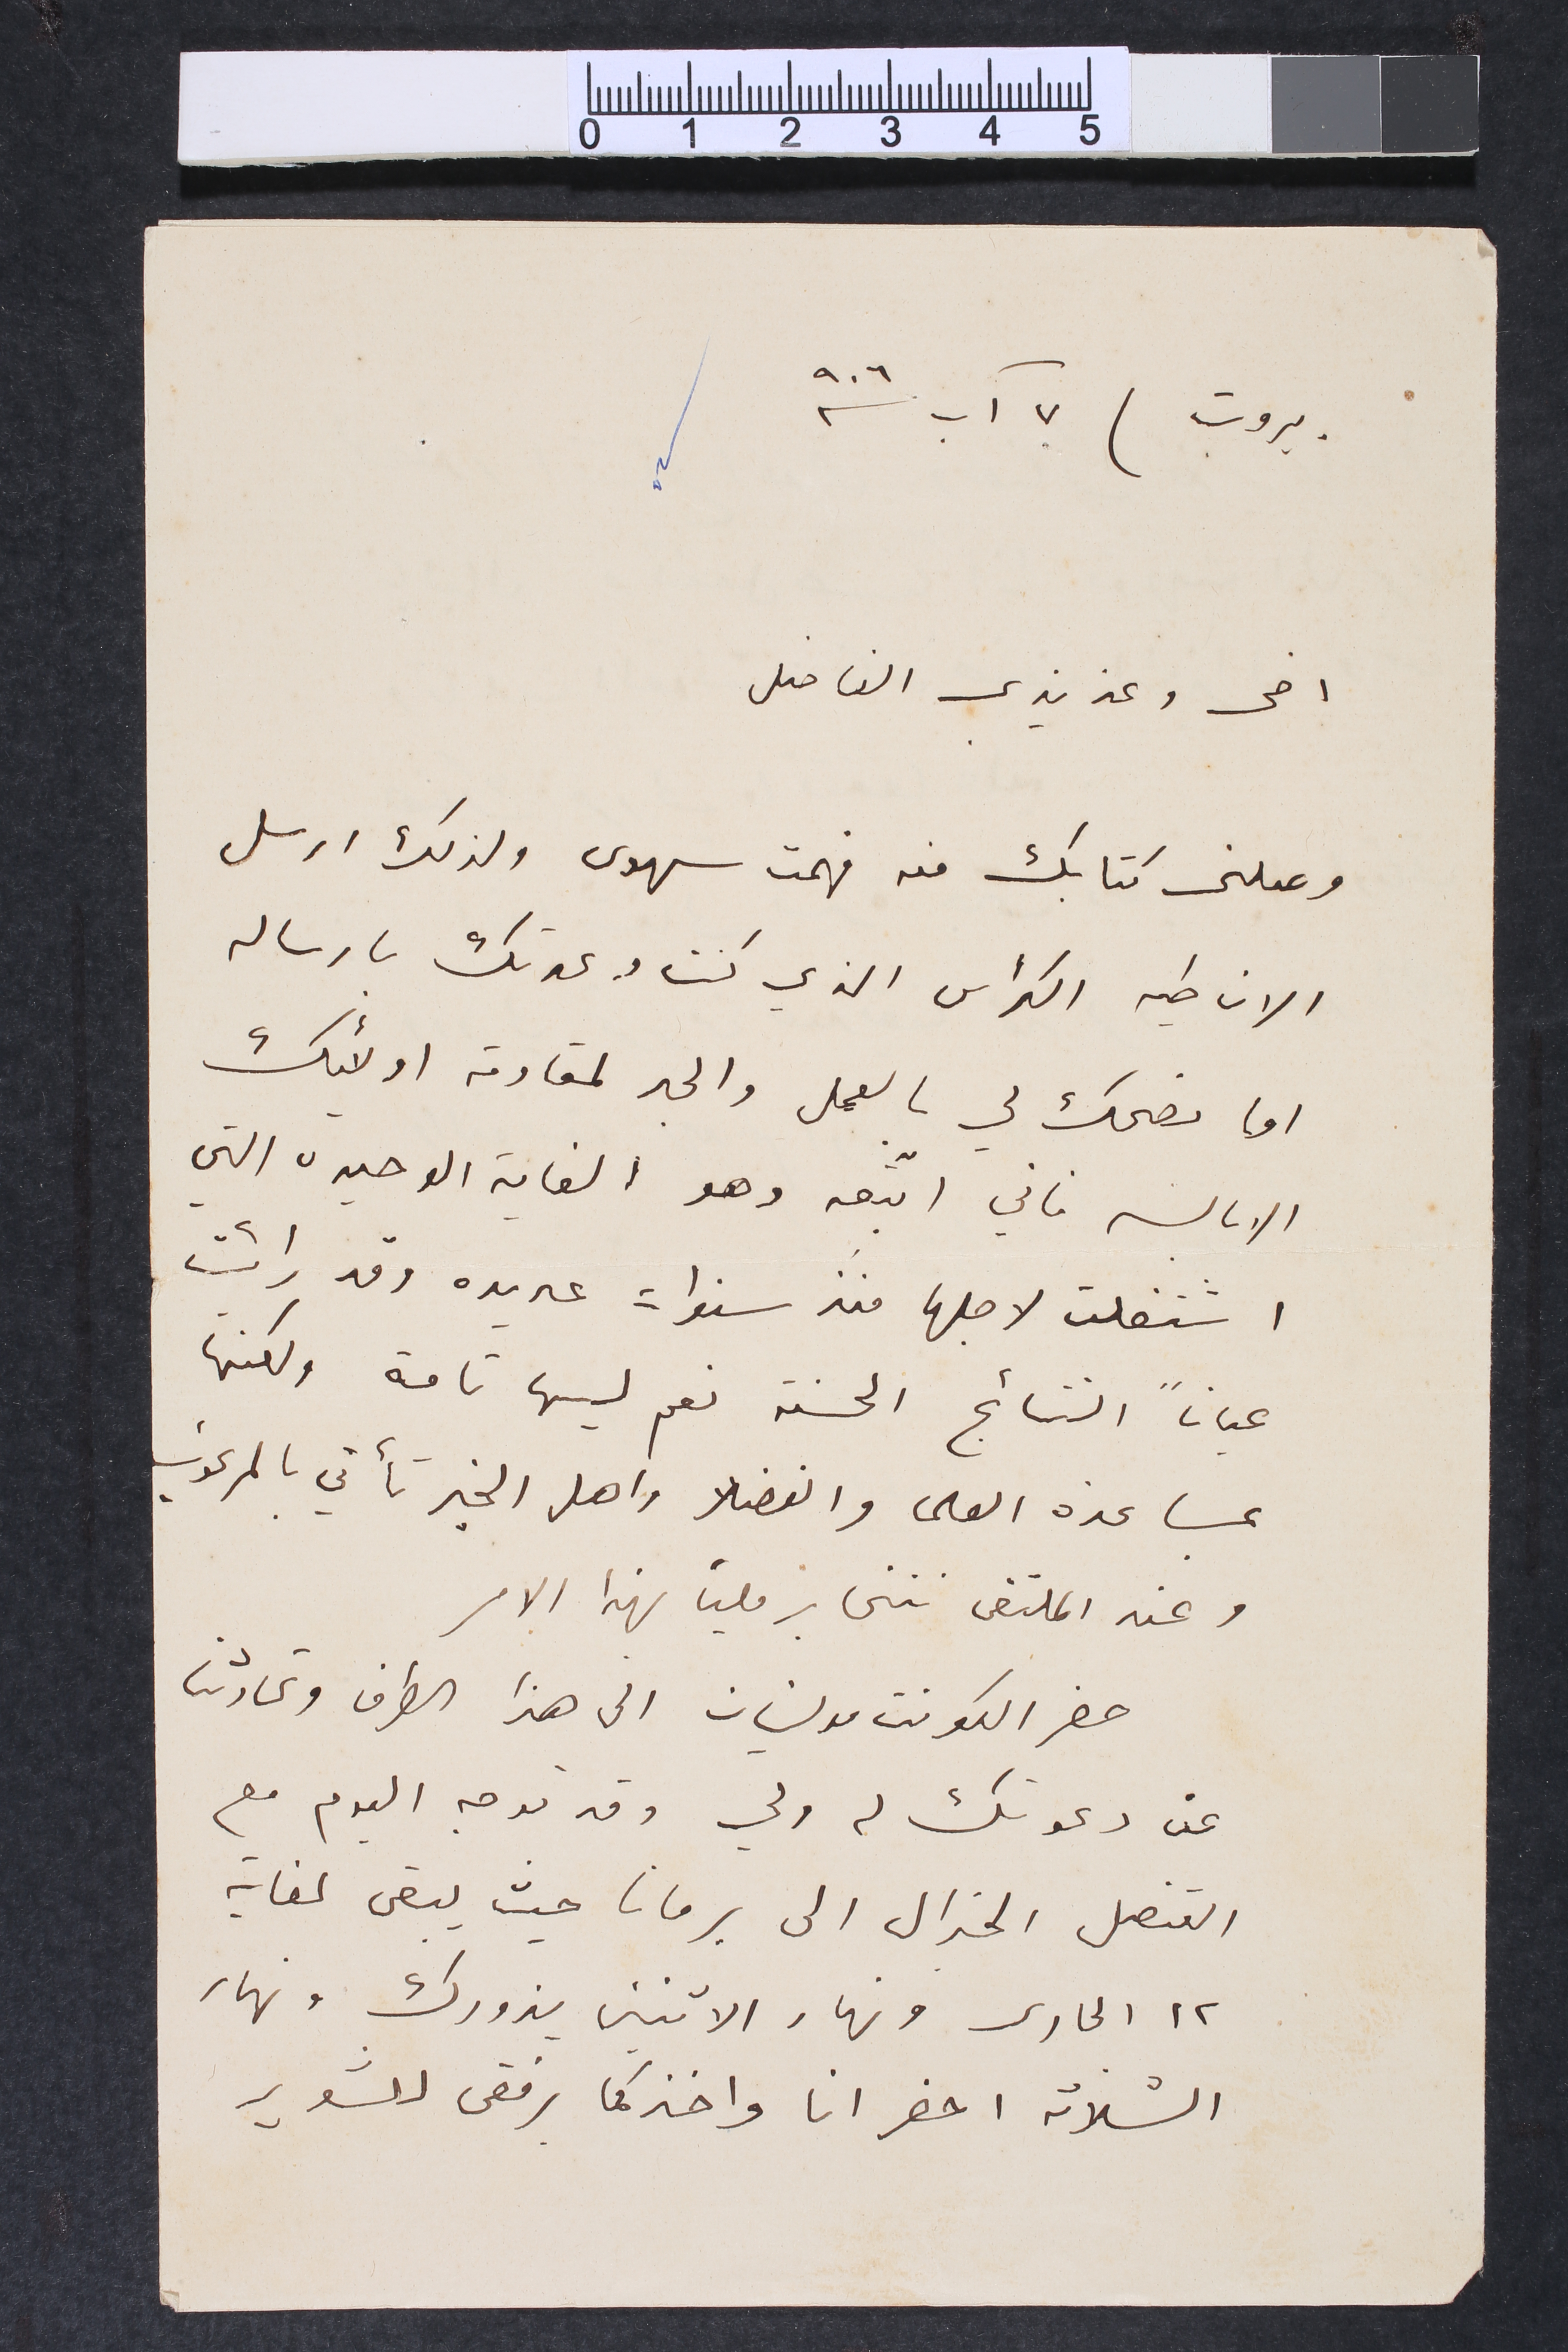
بيروت ٧ آب سنة ٩٠٦
اخى وعزيزي الفاضل
وصلنى كتابك منه فهمت سهوى ولذلك ارسل
الان طيه الكراس الذي كنت وعدتك بارساله
اما نصحك لي بالعمل والجد لمقاومة اولائك
الابالسه فاني اتبعه وهو الغاية الوحيدة التي
اشتغلت لاجلها منذ سنوات عديده وقد رائيت
عياناً النتائج الحسنة نعم ليسها تامة ولكنها
بمساعدة العلما والفضلا واهل الخير تأتي بالمرغوب
وعند الملتقى نتخابر ملياً بهذا الامر
حضر الكونت مولينان الى هذا الطرف وتحادثنا
عن دعوتك له ولي وقد توجه اليوم مع
القنصل الجنرال الى برمانا حيث يبقى لغاية
١٢ الجارى ونهار الاثنين يزورك ونهار
التلاته احضر انا واخذكما برفقى للشوير